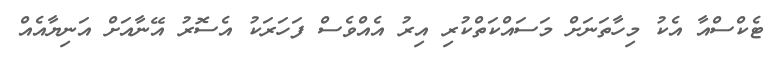
ޓެކްސްއާ އެކު މިހާތަނަށް މަސައްކަތްކުރި އިރު އެއްވެސް ފަހަރަކު އެސޮރު އޭނާއަށް އަނިޔާއެއް